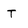
Character: t